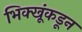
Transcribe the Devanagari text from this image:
भिक्खूंकडून